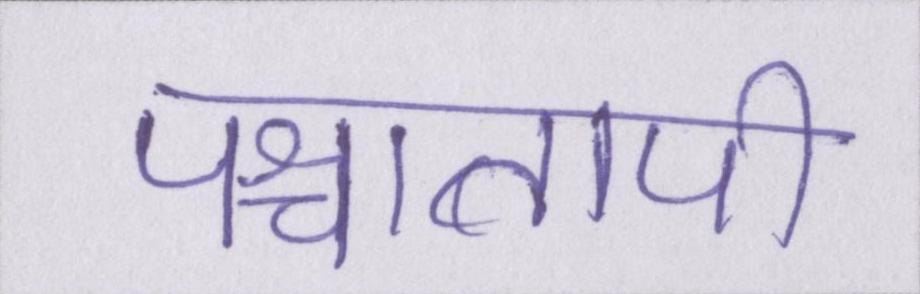
पश्चातापी